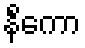
နိင်္ကော